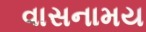
વાસનામય